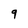
Character: 9